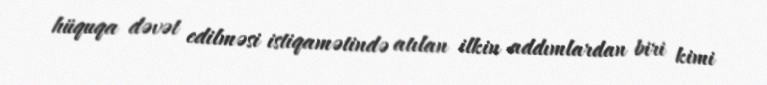
hüquqa dəvət edilməsi istiqamətində atılan ilkin addımlardan biri kimi